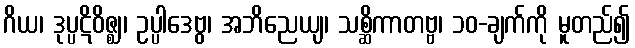
ဂိယ၊ ဒုပ္ပဋိဝိဇ္ဈ၊ ဥပ္ပါဒေဗွ၊ အဘိညေယျ၊ သစ္ဆိကာတဗ္ဗ၊ ၁၀-ချက်ကို မူတည်၍